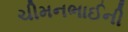
ચીમનભાઈની